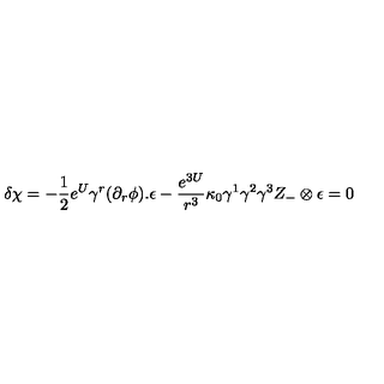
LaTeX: \delta \chi = - { \frac { 1 } { 2 } } e ^ { U } \gamma ^ { r } ( \partial _ { r } \phi ) . \epsilon - { \frac { e ^ { 3 U } } { r ^ { 3 } } } \kappa _ { 0 } \gamma ^ { 1 } \gamma ^ { 2 } \gamma ^ { 3 } Z _ { - } \otimes \epsilon = 0